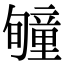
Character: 𥫂